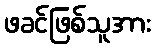
ဖခင်ဖြစ်သူအား